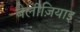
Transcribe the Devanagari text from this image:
बेलीज़ियाइ